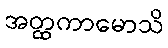
အတ္ထကာမောသိ